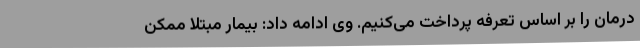
درمان را بر اساس تعرفه پرداخت می‌کنیم. وی ادامه داد: بیمار مبتلا ممکن